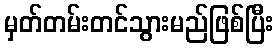
မှတ်တမ်းတင်သွားမည်ဖြစ်ပြီး